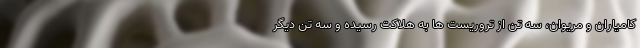
کامیاران و مریوان، سه تن از تروریست ها به هلاکت رسیده و سه تن دیگر